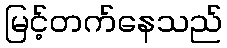
မြင့်တက်နေသည်